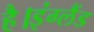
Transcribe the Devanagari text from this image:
है।इंग्लैंड